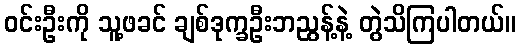
ဝင်းဦးကို သူ့ဖခင် ချစ်ဒုက္ခဦးဘညွန့်နဲ့ တွဲသိကြပါတယ်။